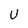
Character: U